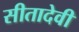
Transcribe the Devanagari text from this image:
सीतादेवी